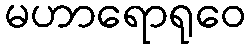
မဟာရောရုဝေ